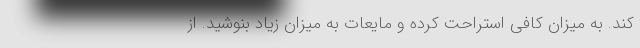
کند. به میزان کافی استراحت کرده و مایعات به میزان زیاد بنوشید. از